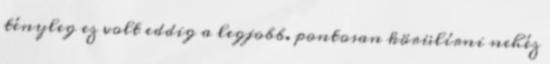
tényleg ez volt eddig a legjobb. pontosan körülírni nehéz